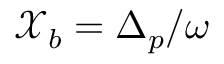
\mathcal { X } _ { b } = \Delta _ { p } / \omega